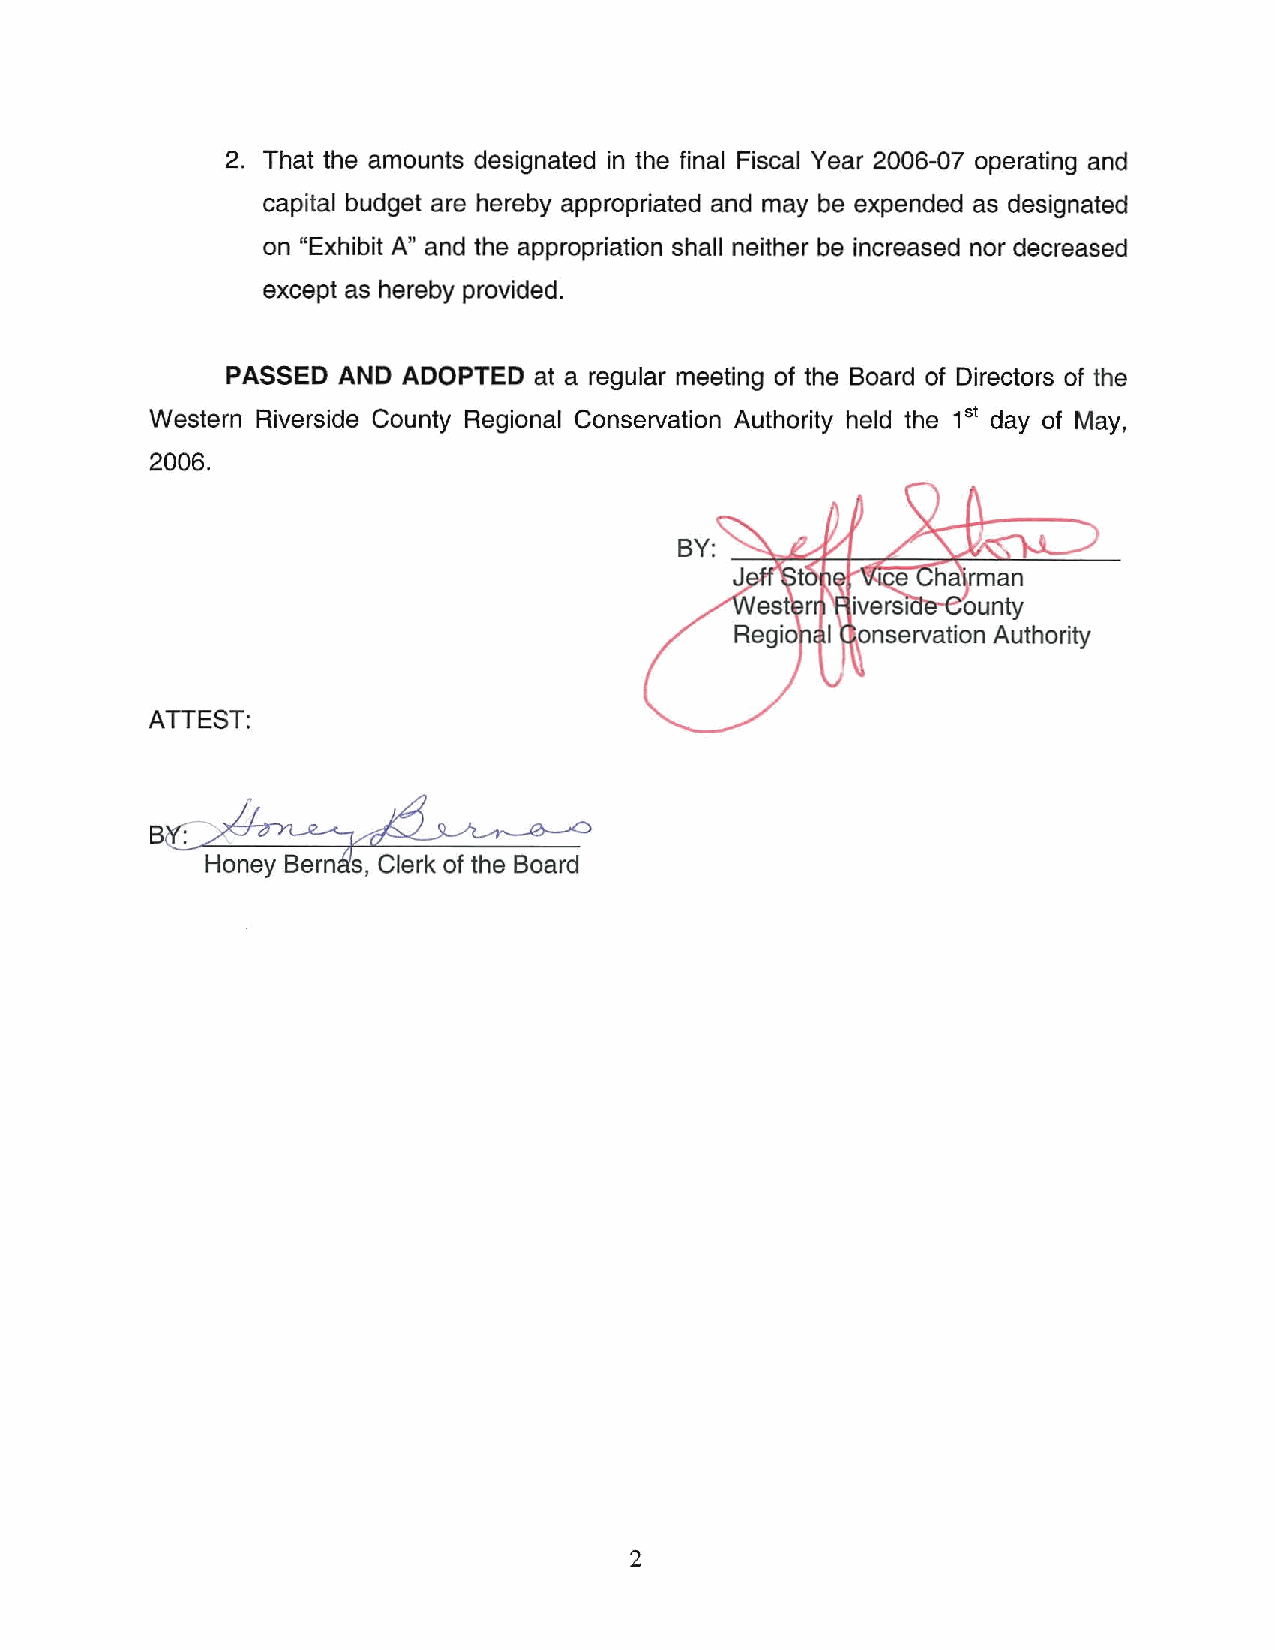
2. That the amounts designated in the final Fiscal Year 2006-07 operating and
 capital budget are hereby appropriated and may be expended as designated
 on "Exhibit A" and the appropriation shall neither be increased nor decreased
 except as hereby provided.
 PASSED AND  ADOPTED at a regular meeting of the Board of Directors of the
 Western Riverside County Regional Conservation Authority held the 1st day of May,
 2006.
 ATTEST:
 2